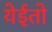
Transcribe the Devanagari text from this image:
येईतो